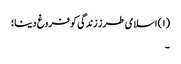
(۱) اسلامی طرز زندگی کو فروغ دینا؛
۔